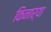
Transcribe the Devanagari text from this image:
किनार्‍या